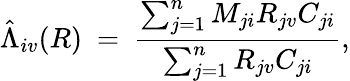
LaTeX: \hat{\Lambda}_{iv}(R)\ =\ \frac{\sum_{j=1}^{n}M_{ji}R_{jv}C_{ji}}{\sum_{j=1}^{n}R_{jv}C_{ji}},